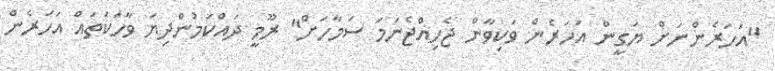
"އަހަރެންނަށް ޔަގީން އަހަރެން ވަކިވާން ޖެހިއްޖެނަމަ ސަމާހަށް" ރޫމީ ދައްކަމުންދިޔަ ވާހަކަތައް އަހަރެން